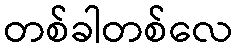
တစ်ခါတစ်လေ